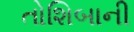
તોશિબાની